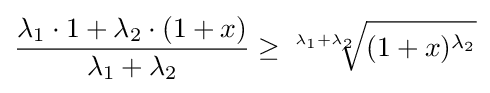
{\dfrac {\lambda _{1}\cdot 1+\lambda _{2}\cdot (1+x)}{\lambda _{1}+\lambda _{2}}}\geq {\sqrt[{\lambda _{1}+\lambda _{2}}]{(1+x)^{\lambda _{2}}}}